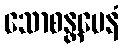
သောစန္တမေနံ